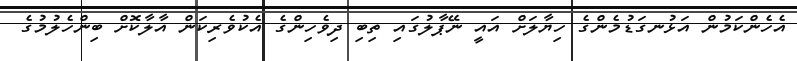
އެހެންކަމުން އަޅުނގަޑުމެންގެ ހިޔާލަށް އައީ ނޭޕާލުގައި ތިބި ދިވެހިންގެ އެކުވެރިކަން އާލާކޮށް ބިންހެލުމުގެ